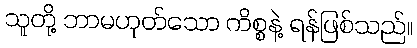
သူတို့ ဘာမဟုတ်သော ကိစ္စနဲ့ ရန်ဖြစ်သည်။